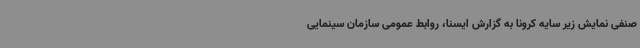
صنفی نمایش زیر سایه کرونا به گزارش ایسنا، روابط عمومی سازمان سینمایی